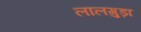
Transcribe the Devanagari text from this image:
लालगुड़ा